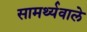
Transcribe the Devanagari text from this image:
सामर्थ्यवाले